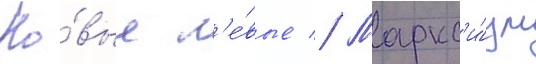
Но́вые л'е́вые // Маркс'и́зм